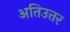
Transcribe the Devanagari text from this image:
अतिउत्तर